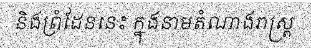
និងព្រំដែននេះ ក្នុងនាមតំណាងរាស្ត្រ